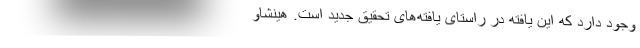
وجود دارد که این یافته در راستای یافته‌های تحقیق جدید است. هینشاو